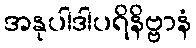
အနုပါဒါပရိနိဗ္ဗာနံ